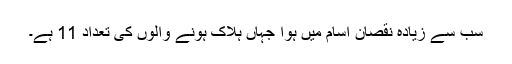
سب سے زیادہ نقصان آسام میں ہوا جہاں ہلاک ہونے والوں کی تعداد 11 ہے۔